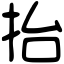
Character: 抬